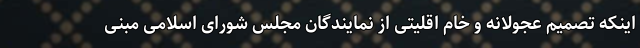
اینکه تصمیم عجولانه و خام اقلیتی از نمایندگان مجلس شورای اسلامی مبنی